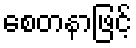
စေတနာဖြင့်